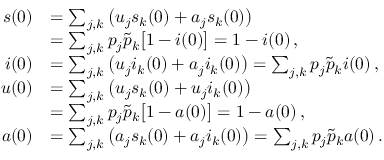
\begin{array} { r l } { s ( 0 ) } & { = \sum _ { j , k } \big ( u _ { j } s _ { k } ( 0 ) + a _ { j } s _ { k } ( 0 ) \big ) } \\ { \: } & { = \sum _ { j , k } p _ { j } \tilde { p } _ { k } \big [ 1 - i ( 0 ) \big ] = 1 - i ( 0 ) \, , } \\ { i ( 0 ) } & { = \sum _ { j , k } \big ( u _ { j } i _ { k } ( 0 ) + a _ { j } i _ { k } ( 0 ) \big ) = \sum _ { j , k } p _ { j } \tilde { p } _ { k } i ( 0 ) \, , } \\ { u ( 0 ) } & { = \sum _ { j , k } \big ( u _ { j } s _ { k } ( 0 ) + u _ { j } i _ { k } ( 0 ) \big ) } \\ { \: } & { = \sum _ { j , k } p _ { j } \tilde { p } _ { k } \big [ 1 - a ( 0 ) \big ] = 1 - a ( 0 ) \, , } \\ { a ( 0 ) } & { = \sum _ { j , k } \big ( a _ { j } s _ { k } ( 0 ) + a _ { j } i _ { k } ( 0 ) \big ) = \sum _ { j , k } p _ { j } \tilde { p } _ { k } a ( 0 ) \, . } \end{array}